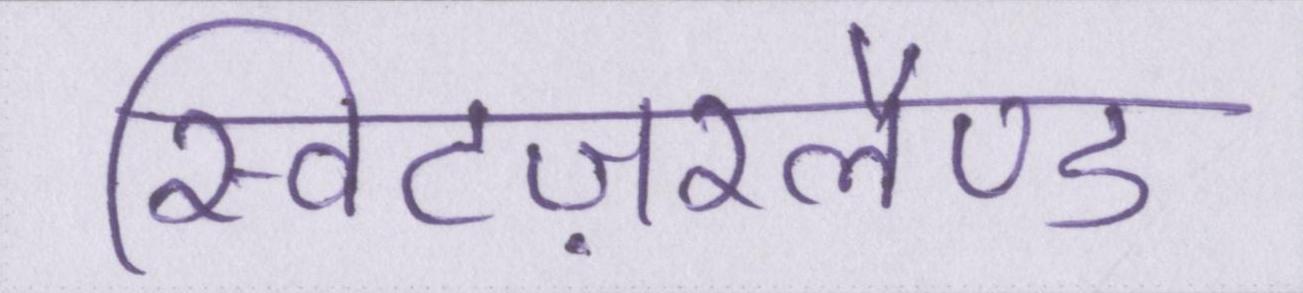
स्विटज़रलैण्ड